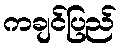
ကချင်ပြည်